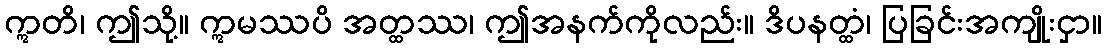
ဣတိ၊ ဤသို့။ ဣမဿပိ အတ္ထဿ၊ ဤအနက်ကိုလည်း။ ဒိပနတ္ထံ၊ ပြခြင်းအကျိုးငှာ။